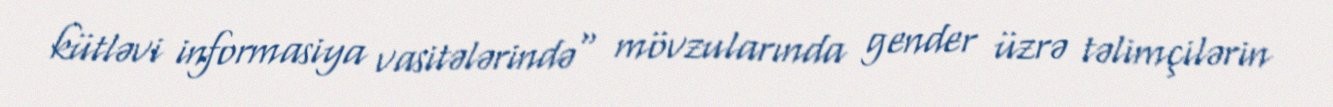
kütləvi informasiya vasitələrində" mövzularında gender üzrə təlimçilərin